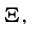
\Xi ,